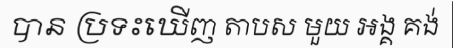
បាន ប្រទះឃើញ តាបស មួយ អង្គ គង់